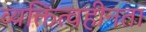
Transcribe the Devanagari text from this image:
व्यक्तित्वहीनता